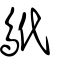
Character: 鴏